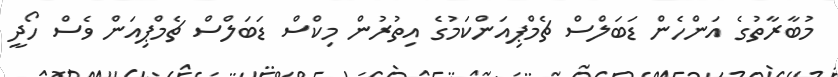
މުބާރާތުގެ އަންހެން ޑަބަލްސް ޗެމްޕިއަންކަމުގެ އިތުރުން މިކްސް ޑަބަލްސް ޗެމްޕިއަން ވެސް ހޯދީ